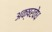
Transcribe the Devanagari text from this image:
अक्षरवेध